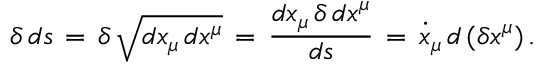
\delta \, d s \, = \, \delta \, \sqrt { d x _ { \mu } \, d x ^ { \mu } } \, = \, \frac { d x _ { \mu } \, \delta \, d x ^ { \mu } } { d s } \, = \, \dot { x } _ { \mu } \, d \, ( \delta x ^ { \mu } ) \, { . }